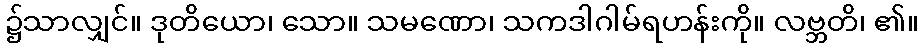
၌သာလျှင်။ ဒုတိယော၊ သော။ သမဏော၊ သကဒါဂါမ်ရဟန်းကို။ လဗ္ဘတိ၊ ၏။